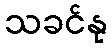
သခင်နု